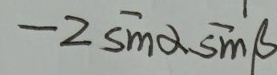
\(-2\sin\alpha\sin\beta\)